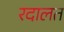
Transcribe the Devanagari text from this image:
रदालत